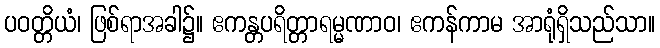
ပဝတ္တိယံ၊ ဖြစ်ရာအခါ၌။ ဧကန္တပရိတ္တာရမ္မဏာဝ၊ ဧကန်ကာမ အာရုံရှိသည်သာ။